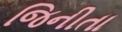
જિનીતા